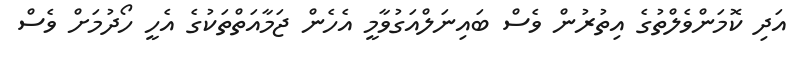
އަދި ކޮމަންވެލްތުގެ އިތުރުން ވެސް ބައިނަލްއަގުވާމީ އެހެން ޖަމާއަތްތަކުގެ އެހީ ހޯދުމަށް ވެސް